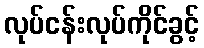
လုပ်ငန်းလုပ်ကိုင်ခွင့်